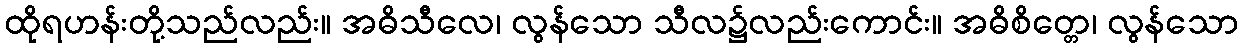
ထိုရဟန်းတို့သည်လည်း။ အဓိသီလေ၊ လွန်သော သီလ၌လည်းကောင်း။ အဓိစိတ္တေ၊ လွန်သော